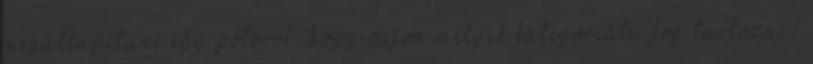
megállapítani egy pólóról, hogy vajon melyik kategóriába fog tartozni?